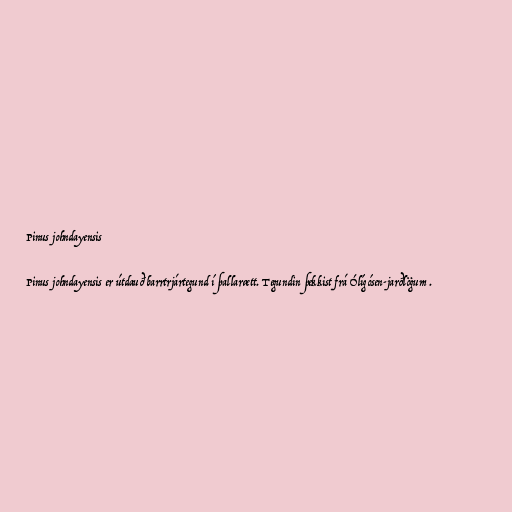
Pinus johndayensis

Pinus johndayensis er útdauð barrtrjártegund í þallarætt. Tegundin þekkist frá Ólígósen-jarðlögum .